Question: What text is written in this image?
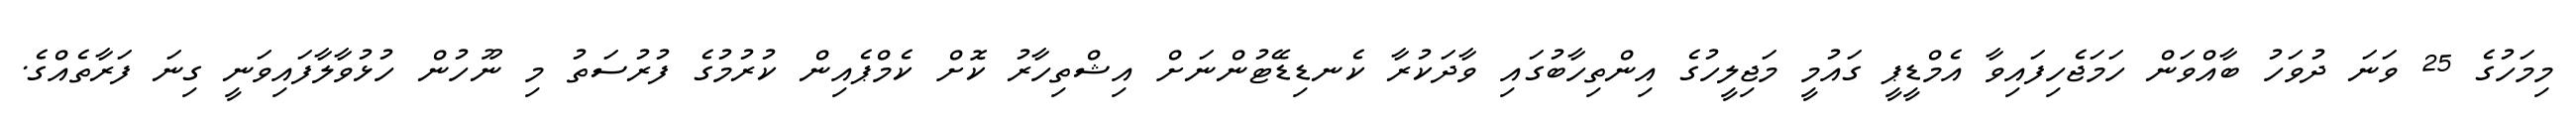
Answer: މިމަހުގެ 25 ވަނަ ދުވަހު ބާއްވަން ހަމަޖެހިފައިވާ އެމްޑީޕީ ގައުމީ މަޖިލީހުގެ އިންތިހާބުގައި ވާދަކުރާ ކެނޑިޑޭޓުންނަށް އިޝްތިހާރު ކޮށް ކެމްޕެއިން ކުރުމުގެ ފުރުސަތު މި ނޫހުން ހުޅުވާލާފައިވަނީ ގިނަ ފަރާތެއްގެ.